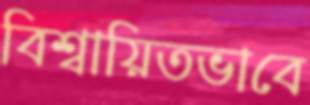
বিশ্বায়িতভাবে